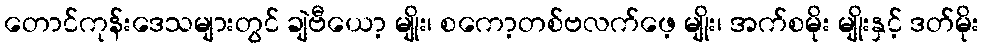
တောင်ကုန်းဒေသများတွင် ချဲဗီယော့ မျိုး၊ စကော့တစ်ဗလက်ဖေ့ မျိုး၊ အက်စမိုး မျိုးနှင့် ဒတ်မိုး